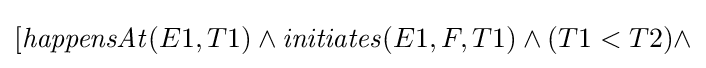
[{\mathit {happensAt}}(E1,T1)\wedge {\mathit {initiates}}(E1,F,T1)\wedge (T1<T2)\wedge